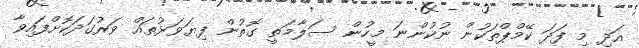
އަދި މި ފަދަ ކޭމްޕްތަކުން ނުކުންނަ މީހުން ސަލާމަތީ ގޮތުން ފިޔަވަޅުތައް ވަރުގަދަކޮށްފައިވާ